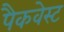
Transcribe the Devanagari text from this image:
पैकवेस्ट